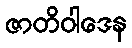
ဇာတိဝါဒေန